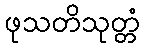
ဖုသတိသုတ္တံ